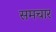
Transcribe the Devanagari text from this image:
समचार